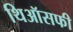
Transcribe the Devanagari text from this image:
थिऑसफी